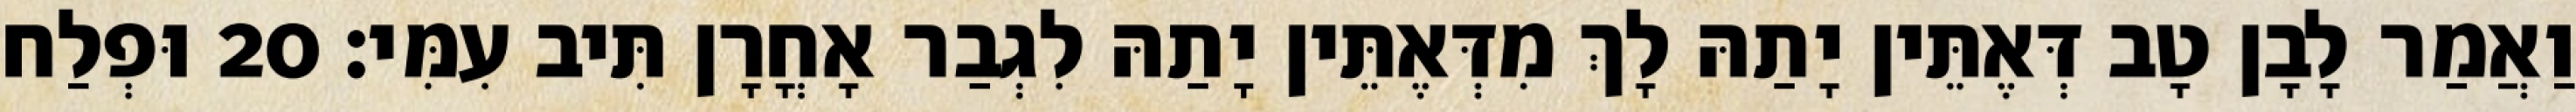
וַאֲמַר לָבָן טָב דְּאֶתֵּין יָתַהּ לָךְ מִדְּאֶתֵּין יָתַהּ לִגְבַר אָחֳרָן תִּיב עִמִּי׃ 20 וּפְלַח